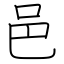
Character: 邑